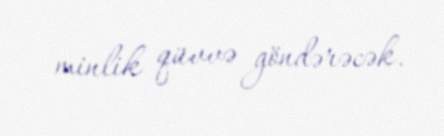
minlik qüvvə göndərəcək.